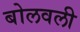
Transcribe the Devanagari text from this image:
बोलवली